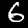
Digit: 6